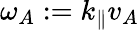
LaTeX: \omega_{A}:=k_{\parallel}v_{A}